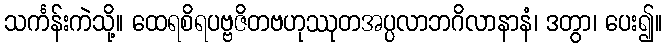
သင်္ကန်းကဲသို့။ ထေရစိရပဗ္ဗဇိတဗဟုဿုတအပ္ပလာဘဂိလာနာနံ၊ ဒတွာ၊ ပေး၍။